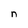
Character: n